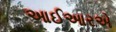
આઈઆરએ